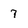
Character: 7